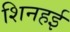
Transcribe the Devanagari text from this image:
शिनहई